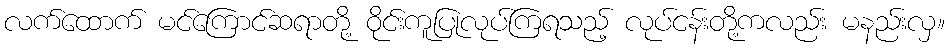
လက်ထောက် မင်ကြောင်ဆရာတို့ ဝိုင်းကူပြုလုပ်ကြရသည့် လုပ်ငန်းတို့ကလည်း မနည်းလှ။